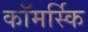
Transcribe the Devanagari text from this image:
कॉमर्स्कि